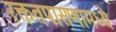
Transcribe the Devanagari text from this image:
रक्ततपासणामध्ये